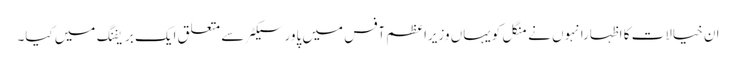
ان خیالات کا اظہارانہوں نے منگل کویہاں وزیراعظم آفس میں پاورسیکٹر سے متعلق ایک بریفنگ میں کیا۔